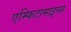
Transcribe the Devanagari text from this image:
एम्फिटामाइन्स